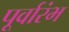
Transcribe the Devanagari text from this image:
पूर्वारंभ